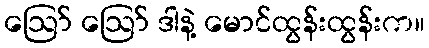
ဪ ဪ ဒါနဲ့ မောင်ထွန်းထွန်းက။